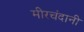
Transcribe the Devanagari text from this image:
मीरचंदानी